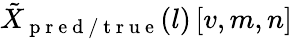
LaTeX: \tilde{{X}}_{\mathrm{~p~r~e~d~/~t~r~u~e~}}(l)\left[v,m,n\right]